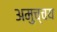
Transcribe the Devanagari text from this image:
अमुच्चय